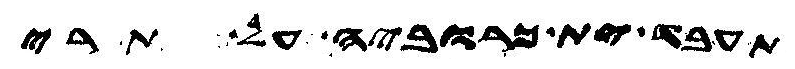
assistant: תעבד ית כרוביה על תרי